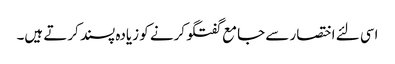
اسی لئے اختصار سے جامع گفتگو کرنے کو زیادہ پسند کرتے ہیں۔